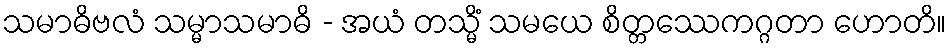
သမာဓိဗလံ သမ္မာသမာဓိ - အယံ တသ္မိံ သမယေ စိတ္တဿေကဂ္ဂတာ ဟောတိ။